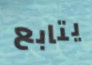
يتابع